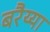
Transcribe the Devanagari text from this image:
बरैय्या